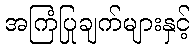
အကြံပြုချက်များနှင့်